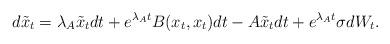
LaTeX: \begin{align*} d \tilde{x}_t = \lambda_A \tilde{x}_t dt + e^{\lambda_A t}B(x_t,x_t)dt - A\tilde{x}_t dt + e^{\lambda_A t}\sigma dW_t.\end{align*}